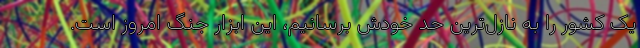
یک کشور را به نازل‌ترین حد خودش برسانیم، این ابزار جنگ امروز است.